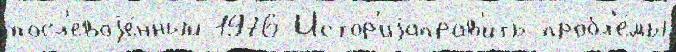
посл'евоjе́нный 1976 Истор'иjаправ'ить пробл'е́мы